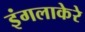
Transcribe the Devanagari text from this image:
इंगलाकेरे